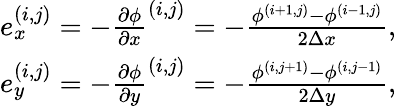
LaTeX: \begin{array}{r}{e_{x}^{(i,j)}=-\frac{\partial\phi}{\partial x}^{(i,j)}=-\frac{\phi^{(i+1,j)}-\phi^{(i-1,j)}}{2\Delta x},}\\ {e_{y}^{(i,j)}=-\frac{\partial\phi}{\partial y}^{(i,j)}=-\frac{\phi^{(i,j+1)}-\phi^{(i,j-1)}}{2\Delta y},}\end{array}